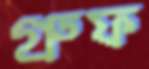
গ্রুফ